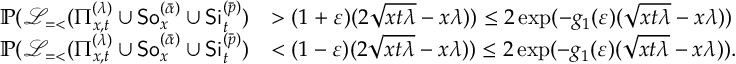
\begin{array} { r l } { \mathbb { P } ( \mathcal { L } _ { = < } ( \Pi _ { x , t } ^ { ( \lambda ) } \cup { \sf S o } _ { x } ^ { ( \bar { \alpha } ) } \cup { \sf S i } _ { t } ^ { ( \bar { p } ) } ) } & { > ( 1 + \varepsilon ) ( 2 \sqrt { x t \lambda } - x \lambda ) ) \le 2 \exp ( - g _ { 1 } ( \varepsilon ) ( \sqrt { x t \lambda } - x \lambda ) ) } \\ { \mathbb { P } ( \mathcal { L } _ { = < } ( \Pi _ { x , t } ^ { ( \lambda ) } \cup { \sf S o } _ { x } ^ { ( \bar { \alpha } ) } \cup { \sf S i } _ { t } ^ { ( \bar { p } ) } ) } & { < ( 1 - \varepsilon ) ( 2 \sqrt { x t \lambda } - x \lambda ) ) \le 2 \exp ( - g _ { 1 } ( \varepsilon ) ( \sqrt { x t \lambda } - x \lambda ) ) . } \end{array}